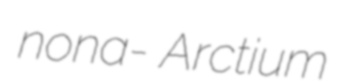
nona- Arctium